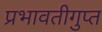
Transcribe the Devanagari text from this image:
प्रभावतीगुप्त